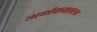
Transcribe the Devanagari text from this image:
अर्भकशास्त्र